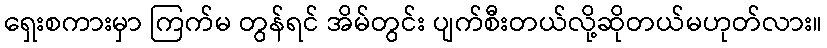
ရှေးစကားမှာ ကြက်မ တွန်ရင် အိမ်တွင်း ပျက်စီးတယ်လို့ဆိုတယ်မဟုတ်လား။